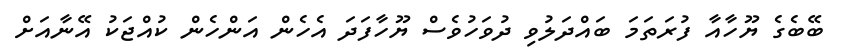
ބޭބެގެ ޔޫހާއާ ފުރަތަމަ ބައްދަލުވި ދުވަހުވެސް ޔޫހާފަދަ އެހެން އަންހެން ކުއްޖަކު އޭނާއަށް